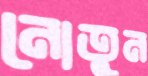
নোতুন